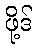
ဖို့ဒ်